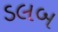
ડલબ